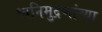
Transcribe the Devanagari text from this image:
ध्वनिमुद्रणांच्या